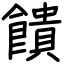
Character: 饋